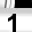
Digit: 1